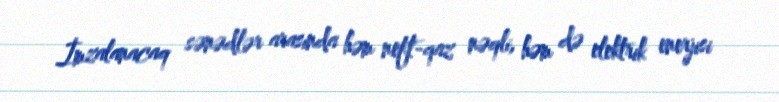
İmzalanacaq sənədlər arasında həm neft-qaz nəqli, həm də elektrik enerjisi